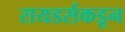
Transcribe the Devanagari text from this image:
रायडर्सकडून